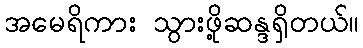
အမေရိကား သွားဖို့ဆန္ဒရှိတယ်။